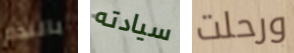
بالندم سيادته ورحلت